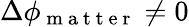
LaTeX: \Delta\phi_{\mathrm{~m~a~t~t~e~r~}}\ne 0